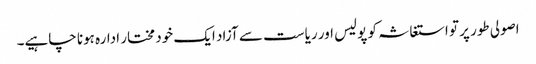
اصولی طور پر تو استغاثہ کو پولیس اور ریاست سے آزاد ایک خود مختار ادارہ ہونا چاہیے۔